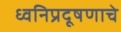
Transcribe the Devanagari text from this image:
ध्वनिप्रदूषणाचे